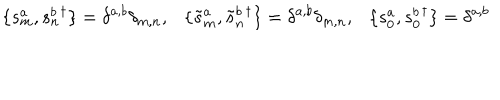
LaTeX: \{ s _ { m } ^ { a } , s _ { n } ^ { b } { } ^ { \dagger } \} = \delta ^ { a , b } \delta _ { m , n } , \{ \tilde { s } _ { m } ^ { a } , \tilde { s } _ { n } ^ { b } { } ^ { \dagger } \} = \delta ^ { a , b } \delta _ { m , n } , \{ s _ { 0 } ^ { a } , s _ { 0 } ^ { b } { } ^ { \dagger } \} = \delta ^ { a , b }